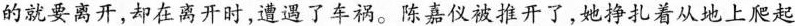
的就要离开，却在离开时，遭遇了车祸。陈嘉仪被推开了，她挣扎着从地上爬起